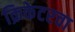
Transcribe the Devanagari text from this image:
क्रिकेटरचा